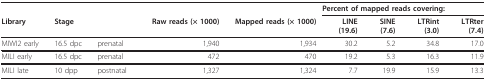
<table><thead><tr><td></td><td></td><td></td><td></td><td></td><td colspan="4"><b>Percent of mapped reads covering:</b></td></tr><tr><td><b>Library</b></td><td><b>Stage</b></td><td></td><td><b>Raw reads (× 1000)</b></td><td><b>Mapped reads (× 1000)</b></td><td><b>LINE(19.6)</b></td><td><b>SINE(7.6)</b></td><td><b>LTRint(3.0)</b></td><td><b>LTRter(7.4)</b></td></tr></thead><tbody><tr><td>MIWI2 early</td><td>16.5 dpc</td><td>prenatal</td><td>1,940</td><td>1,934</td><td>30.2</td><td>5.2</td><td>34.8</td><td>17.0</td></tr><tr><td>MILI early</td><td>16.5 dpc</td><td>prenatal</td><td>472</td><td>470</td><td>19.2</td><td>5.3</td><td>16.3</td><td>11.9</td></tr><tr><td>MILI late</td><td>10 dpp</td><td>postnatal</td><td>1,327</td><td>1,324</td><td>7.7</td><td>19.9</td><td>15.9</td><td>13.3</td></tr></tbody></table>